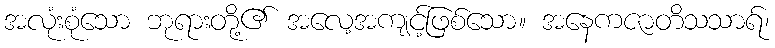
အလုံးစုံသော ဘုရားတို့၏ အလေ့အကျင့်ဖြစ်သော။ အနေကဇာတိသသာရ်၊